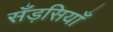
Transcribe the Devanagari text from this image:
सँड़सियाँ